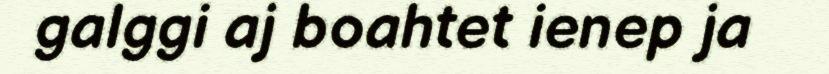
galggi aj boahtet ienep ja